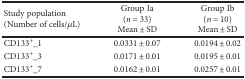
<table><thead><tr><td><b>Study population(Number of cells/<i>μ</i>L)</b></td><td><b>Group Ia(<i>n</i> = 33)Mean ± SD</b></td><td><b>Group Ib(<i>n</i> = 10)Mean ± SD</b></td></tr></thead><tbody><tr><td>CD133<sup>+</sup>_1</td><td>0.0331 ± 0.07</td><td>0.0194 ± 0.02</td></tr><tr><td>CD133<sup>+</sup>_3</td><td>0.0171 ± 0.01</td><td>0.0195 ± 0.01</td></tr><tr><td>CD133<sup>+</sup>_7</td><td>0.0162 ± 0.01</td><td>0.0257 ± 0.01</td></tr></tbody></table>